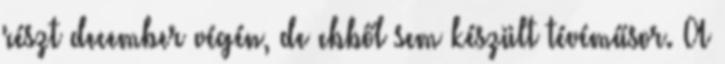
részt december végén, de ebből sem készült tévéműsor. A